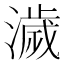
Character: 濊